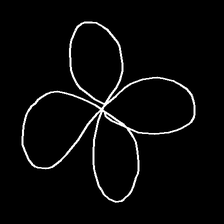
Glyph: billowing